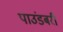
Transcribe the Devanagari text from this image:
पाउंडबरी